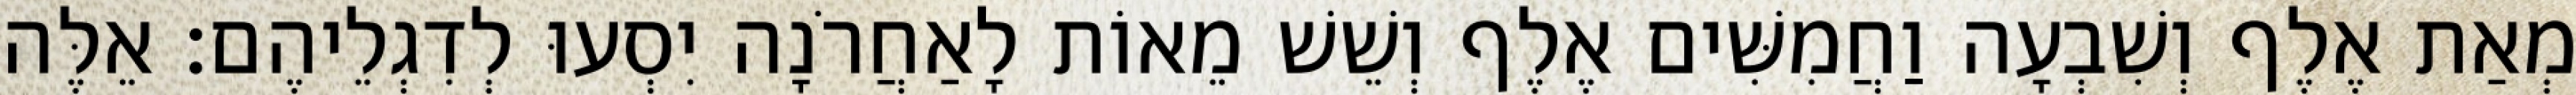
מְאַת אֶלֶף וְשִׁבְעָה וַחֲמִשִּׁים אֶלֶף וְשֵׁשׁ מֵאוֹת לָאַחֲרֹנָה יִסְעוּ לְדִגְלֵיהֶם׃ אֵלֶּה